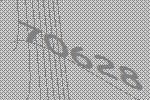
70628